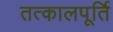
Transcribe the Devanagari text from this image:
तत्कालपूर्ति